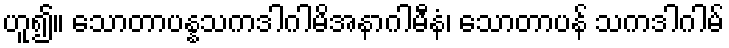
ဟူ၍။ သောတာပန္နသကဒါဂါမိအနာဂါမီနံ၊ သောတာပန် သကဒါဂါမ်